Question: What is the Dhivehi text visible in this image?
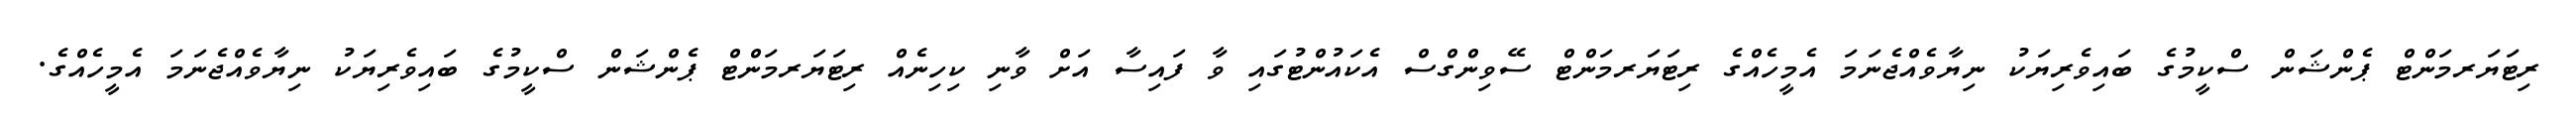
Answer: ރިޓަޔަރމަންޓް ޕެންޝަން ސްކީމުގެ ބައިވެރިޔަކު ނިޔާވެއްޖެނަމަ އެމީހެއްގެ ރިޓަޔަރމަންޓް ސޭވިންގްސް އެކައުންޓުގައި ވާ ފައިސާ އަށް ވާނި ކިހިނެއް ރިޓަޔަރމަންޓް ޕެންޝަން ސްކީމުގެ ބައިވެރިޔަކު ނިޔާވެއްޖެނަމަ އެމީހެއްގެ.